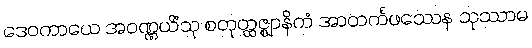
ဒေဝကာယေ အဝဏ္ဏယိံသု စတုတ္ထဇ္ဈာနိကံ အာတင်္ကဖဿေန သုဿာမ